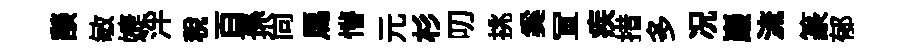
𦦨敏婕泮稅百孫尚馬懵元杉叨挑奚冝疾措多况巖流篆郁